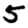
Digit: 5